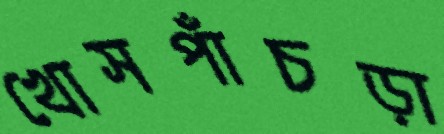
খোসপাঁচড়া